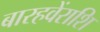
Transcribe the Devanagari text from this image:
बारहवेंराशि